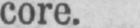
core.